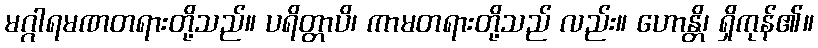
မဂ္ဂါရမဏတရားတို့သည်။ ပရိတ္တာပိ၊ ကာမတရားတို့သည် လည်း။ ဟောန္တိ၊ ရှိကုန်၏။